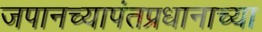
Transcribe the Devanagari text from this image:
जपानच्यापंतप्रधानाच्या